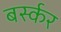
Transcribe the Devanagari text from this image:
बर्स्कर